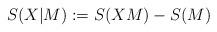
LaTeX: \begin{align*}S(X|M):=S(XM)-S(M)\end{align*}